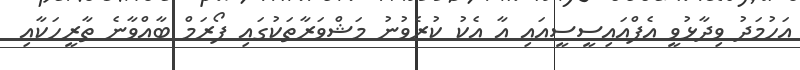
އަހުމަދު ވިދާޅުވީ އެފްއައިސީސީއައި އާ އެކު ކުރެވުނު މަޝްވަރާތަކުގައި ފޯރަމް ބާއްވާނެ ތާރީހަކާއި